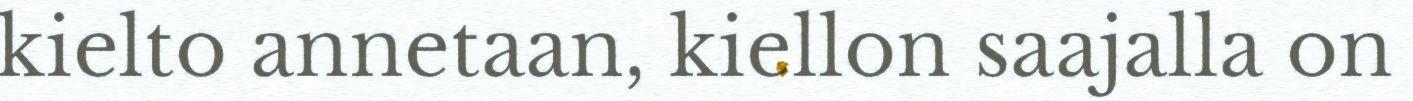
kielto annetaan, kiellon saajalla on